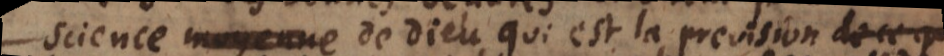
science de Dieu, qui est la prevision de ce